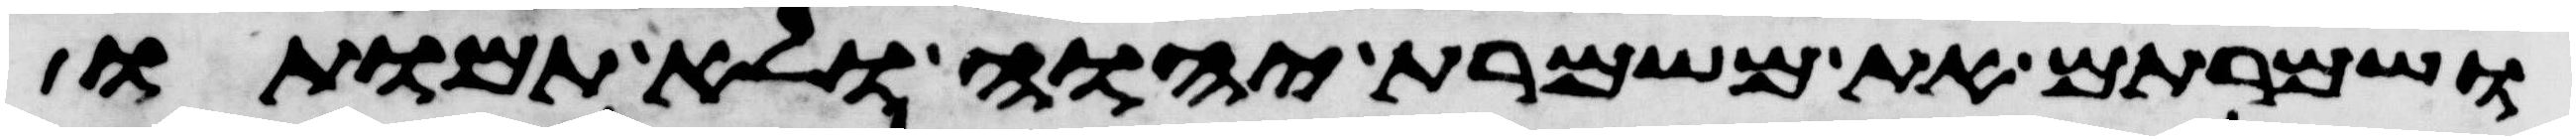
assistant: ושמרתם את משמרת יהוה ולא תמותו